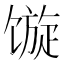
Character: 𩠍